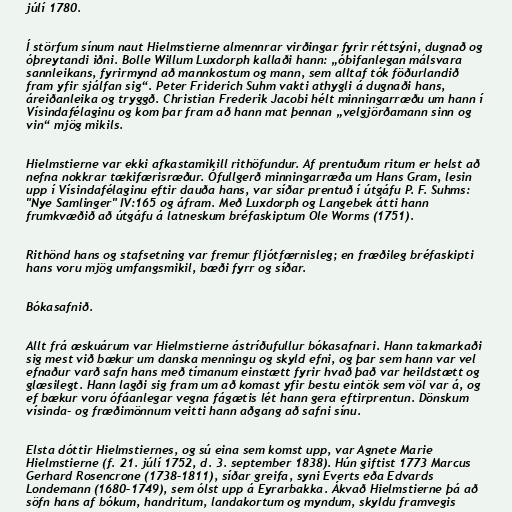
júlí 1780.

Í störfum sínum naut Hielmstierne almennrar virðingar fyrir réttsýni, dugnað og
óþreytandi iðni. Bolle Willum Luxdorph kallaði hann: „óbifanlegan málsvara
sannleikans, fyrirmynd að mannkostum og mann, sem alltaf tók föðurlandið
fram yfir sjálfan sig“. Peter Friderich Suhm vakti athygli á dugnaði hans,
áreiðanleika og tryggð. Christian Frederik Jacobi hélt minningarræðu um hann í
Vísindafélaginu og kom þar fram að hann mat þennan „velgjörðamann sinn og
vin“ mjög mikils.

Hielmstierne var ekki afkastamikill rithöfundur. Af prentuðum ritum er helst að
nefna nokkrar tækifærisræður. Ófullgerð minningarræða um Hans Gram, lesin
upp í Vísindafélaginu eftir dauða hans, var síðar prentuð í útgáfu P. F. Suhms:
"Nye Samlinger" IV:165 og áfram. Með Luxdorph og Langebek átti hann
frumkvæðið að útgáfu á latneskum bréfaskiptum Ole Worms (1751).

Rithönd hans og stafsetning var fremur fljótfærnisleg; en fræðileg bréfaskipti
hans voru mjög umfangsmikil, bæði fyrr og síðar.

Bókasafnið.

Allt frá æskuárum var Hielmstierne ástríðufullur bókasafnari. Hann takmarkaði
sig mest við bækur um danska menningu og skyld efni, og þar sem hann var vel
efnaður varð safn hans með tímanum einstætt fyrir hvað það var heildstætt og
glæsilegt. Hann lagði sig fram um að komast yfir bestu eintök sem völ var á, og
ef bækur voru ófáanlegar vegna fágætis lét hann gera eftirprentun. Dönskum
vísinda- og fræðimönnum veitti hann aðgang að safni sínu.

Elsta dóttir Hielmstiernes, og sú eina sem komst upp, var Agnete Marie
Hielmstierne (f. 21. júlí 1752, d. 3. september 1838). Hún giftist 1773 Marcus
Gerhard Rosencrone (1738–1811), síðar greifa, syni Everts eða Edvards
Londemann (1680–1749), sem ólst upp á Eyrarbakka. Ákvað Hielmstierne þá að
söfn hans af bókum, handritum, landakortum og myndum, skyldu framvegis